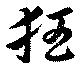
狂